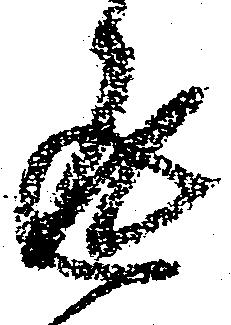
返